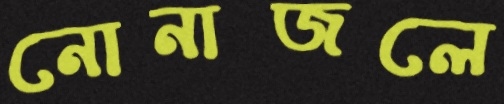
নোনাজলে